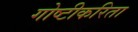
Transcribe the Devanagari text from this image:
गोष्टीकरिता